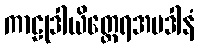
ကာဠုဒါယိတ္ထေရအပဒါနံ